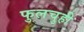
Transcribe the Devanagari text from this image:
फुलचुही